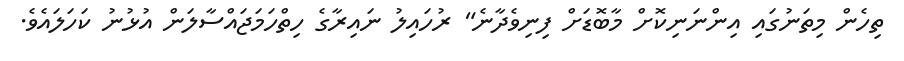
ތިހެން މިތަނުގައި އިންނަނިކޮށް މާބޮޑަށް ފިނިވެދާނެ" ރުހައިލު ނައިރާގެ ހިތްހަމަޖައްސާލަން އުޅުނު ކަހަލައެވެ.